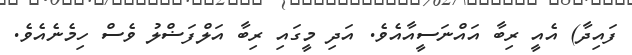
ފައިދާ) އެއީ ރިބާ އައްނަސީއާއެވެ. އަދި މީގައި ރިބާ އަލްފަޟްލު ވެސް ހިމެނެއެވެ.